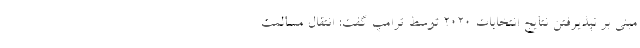
مبنی بر نپذیرفتن نتایج انتخابات ۲۰۲۰ توسط ترامپ گفت: انتقال مسالمت